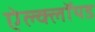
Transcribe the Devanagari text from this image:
ऐल्क्लॉयड